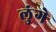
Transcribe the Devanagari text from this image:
लुंगे